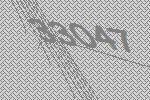
33047